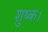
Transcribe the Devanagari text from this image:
शुष्क।